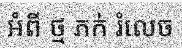
អំពី ថ្ម ភក់ រំលេច